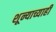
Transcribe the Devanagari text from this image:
शून्याच्याही